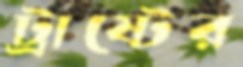
ট্রাষ্টের